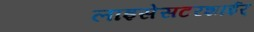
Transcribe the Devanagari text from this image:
लाइसेसटरशाईर्